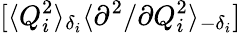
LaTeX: [\langle Q_{i}^{2}\rangle_{\delta_{i}}\langle{\partial^{2}}/{\partial Q_{i}^{2}}\rangle_{-\delta_{i}}]